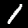
Label: 1